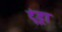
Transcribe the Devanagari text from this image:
टूंड्रा